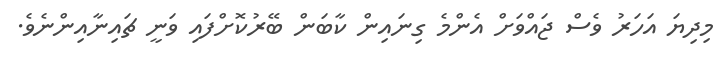
މިދިޔަ އަހަރު ވެސް ޖައްވަށް އެންމެ ގިނައިން ކާބަން ބޭރުކޮށްފައި ވަނީ ޗައިނާއިންނެވެ.